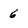
Character: 6